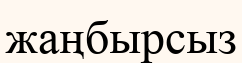
жаңбырсыз